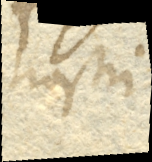
nostri